Annual administration report of the Civil Veterinary Department of India - 1895-1896
Year: 1895
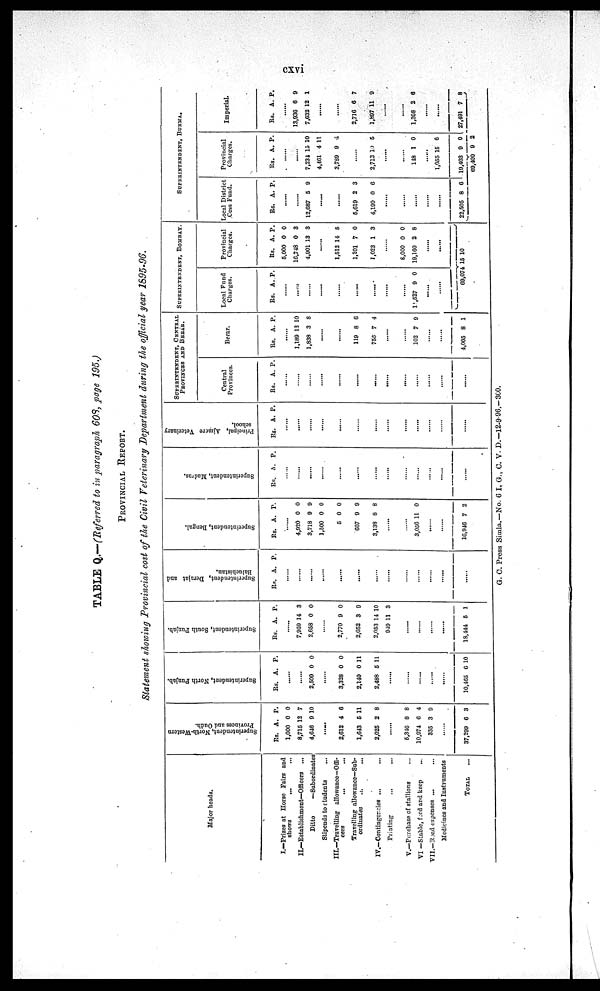
cxvi
TABLE Q.—(Referred to in paragraph 608, page 195.)
PROVINCIAL REPORT.
Statement showing Provincial cost of the Civil Veterinary Department during the official year 1895-96.
Major heads.
I.—Prizes at Horse Fairs and
shows
II.—Establishment—Officers
...
Ditto
—Subordinates
Stipends to
students
...
III.—Travelling
allowancc—Offi-
cers ... ...
Travelling allowance—Sub-
ordinates
...
..
IV.—Contingencies ... ... ...
Printing ... ...
V.—Purchase of stallions ...
VI —Stable, feed and keep ...
VII.— Road expenses ... ...
Medicines and Instruments
TOTAL ...
Super i
nt endent , North-Western
Pr ovi nces and Oudh.
Rs.
1,000
8,715
4,646
......
.....
2,612
1,643
2,025
.....
5,346
10,074
335
.....
37,299
A.
0
12
9
4
5
2
8
6
3
6
P.
0
7
10
6
11
8
8
4
0
3
Supe r
i
nt e nde nt , Nor t
h Punj ab.
Rs.
A. P.
......
......
2,509 0 0
.....
.....
3,328
2,140
2,488
0
0
5
0
11
11
.....
.....
.....
.....
.....
10,465
6
10
Supe r
i
nt e nde nt , Sout h Punj ab.
Rs. A. P.
......
7,059
2,658
14
0
3
0
.....
.....
2,770
2,052
2,053
949
9
3
14
11
0
9
10
3
.....
.....
.....
.....
18,444, 5
1
Super i
nt endent , Der aj at and
Bal uchi s t
an.
Rs. A. P.
.....
.....
.....
.....
.....
.....
.....
.....
.....
.....
.....
.....
......
Super i
nt endent , Bengal.
Rs. A. P.
......
4,920
3,718
1,500
5
607
3,138
0
9
0
0
9
8
0
9
0
0
9
8
.....
.....
3,056 11 0
.....
.....
16,946 7 2
Super i
nt endent , Madr as .
Rs. A. P.
......
.....
.....
.....
.....
.....
.....
.....
.....
.....
.....
.....
.....
Pr i
nci pal , Aj mere Vet er i
nar y
school.
Rs. A. P.
.....
.....
.....
.....
.....
.....
.....
.....
.....
.....
.....
.....
.....
SUPERINTENDENT, CENTRAL
PROVINCES AND BERAR.
Central
Provinces.
Rs. A. P.
.....
.....
.....
.....
.....
.....
.....
.....
.....
.....
.....
.....
Berar.
Rs. A. P.
.....
1,189
1,838
12
3
10
8
.....
.....
119
755
8
7
6
4
.....
.....
102 7 9
......
......
4,005 8 1
SUPERINTENDENT, BOMBAY.
Local Fund
Charges.
Rs. A. P.
.....
......
.....
......
.....
.....
.....
.....
.....
11,527 9 0
.....
.....
Provincial
Charges.
Rs.
5,000
16,748
4,901
A.
0
0
13
P.
0
3
3
.....
1,512
.....
1,201
1,023
14
7
1
5
0
3
8,000
19,160
0
2
0
8
.....
.....
69,074 15 10
SUPERINTENDENT,
BURMA.
Local District
Cess Fund.
Rs. A. P.
.....
.....
12,687 5 9
.....
.....
5,619
4,199
2
0
3
6
.....
.....
.....
.....
.....
22,505 8 6
Charges.
Rs. A. P.
.....
.....
7,231
4,461
3,789
15
4
9
10
11
4
.....
2,713 10 5
.....
.....
118 1 0
1,055
19,403
15
9
6
0
Imperial.
Rs. A. P.
.....
13,930
7,632
6
12
9
1
.....
.....
2,716
1,897
6
11
7
9
.....
.....
1,308 2 6
.....
.....
27,491 7 8
69,400 9 2
G. C. Press Simla.—No. 6 1. G., C. V. D.—12-9-96.-360.